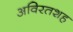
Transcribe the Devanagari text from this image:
अविरतशह